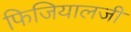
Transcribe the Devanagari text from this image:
फिजियालजी